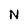
Character: N